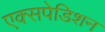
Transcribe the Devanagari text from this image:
एक्सपेडिशन